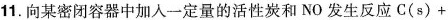
11.向某密闭容器中加入一定量的活性炭和NO发生反应C(s)+